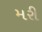
મરી